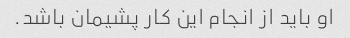
او باید از انجام این کار پشیمان باشد.